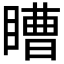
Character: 𭿕